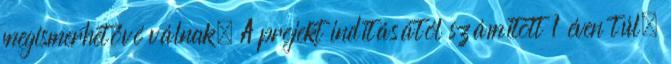
megismerhetővé válnak. A projekt indításától számított 1 éven túl,